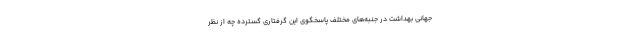
جهانی بهداشت در جنبه‌های مختلف پاسخگوی این گرفتاری گسترده چه از نظر